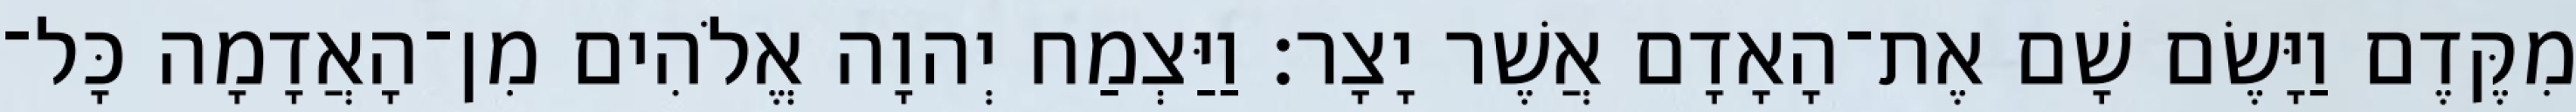
מִקֶּדֶם וַיָּשֶׂם שָׁם אֶת־הָאָדָם אֲשֶׁר יָצָר׃ וַיַּצְמַח יְהוָה אֱלֹהִים מִן־הָאֲדָמָה כָּל־